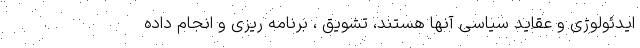
ایدئولوژی و عقاید سیاسی آنها هستند، تشویق ، برنامه ریزی و انجام داده